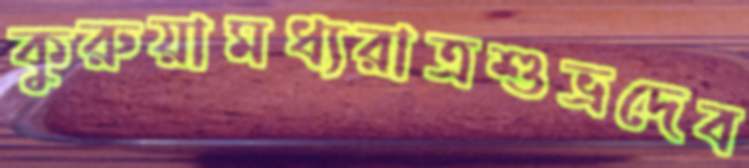
কুরুয়ামধ্যরাত্রশুভ্রদেব